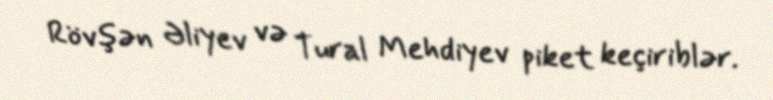
Rövşən Əliyev və Tural Mehdiyev piket keçiriblər.